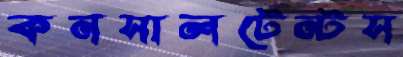
কনসালটেন্টস